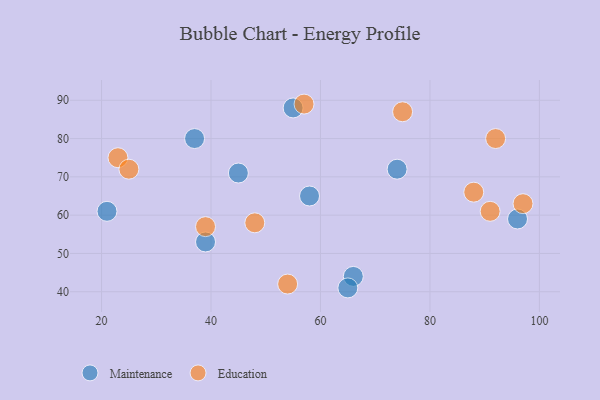
{"axis": {"x": "GDP", "y": "Life Expectancy"}, "legend": ["Education", "Maintenance"], "data": [{"x": "66", "y": 44, "type": "Maintenance"}, {"x": "55", "y": 88, "type": "Maintenance"}, {"x": "21", "y": 61, "type": "Maintenance"}, {"x": "58", "y": 65, "type": "Maintenance"}, {"x": "37", "y": 80, "type": "Maintenance"}, {"x": "45", "y": 71, "type": "Maintenance"}, {"x": "74", "y": 72, "type": "Maintenance"}, {"x": "65", "y": 41, "type": "Maintenance"}, {"x": "96", "y": 59, "type": "Maintenance"}, {"x": "39", "y": 53, "type": "Maintenance"}, {"x": "75", "y": 87, "type": "Education"}, {"x": "88", "y": 66, "type": "Education"}, {"x": "23", "y": 75, "type": "Education"}, {"x": "97", "y": 63, "type": "Education"}, {"x": "91", "y": 61, "type": "Education"}, {"x": "57", "y": 89, "type": "Education"}, {"x": "92", "y": 80, "type": "Education"}, {"x": "25", "y": 72, "type": "Education"}, {"x": "48", "y": 58, "type": "Education"}, {"x": "39", "y": 57, "type": "Education"}, {"x": "54", "y": 42, "type": "Education"}]}